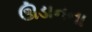
ઊડાનના